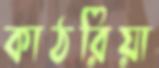
কাঠরিয়া